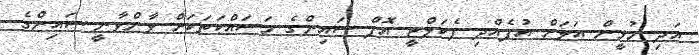
އަދި މުޅީން އަލަށް އުފެއްދި ފެކަލްޓީ އޮފް ސައިންގެ މަސައްކަތަކަށް ވާންވާނީ ސައިންގެ